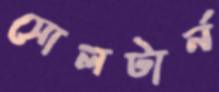
সোলটার্ন